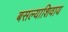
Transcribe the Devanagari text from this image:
बसल्याशिवाय